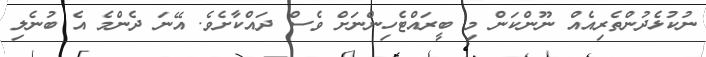
ނުކުޅެދުންތެރިއެއް ނޫންކަން މި ބީރައްޓެހިންނަށް ވެސް ދައްކާށެވެ. އޭނަ ދެންމެ އެ ބުނެލި